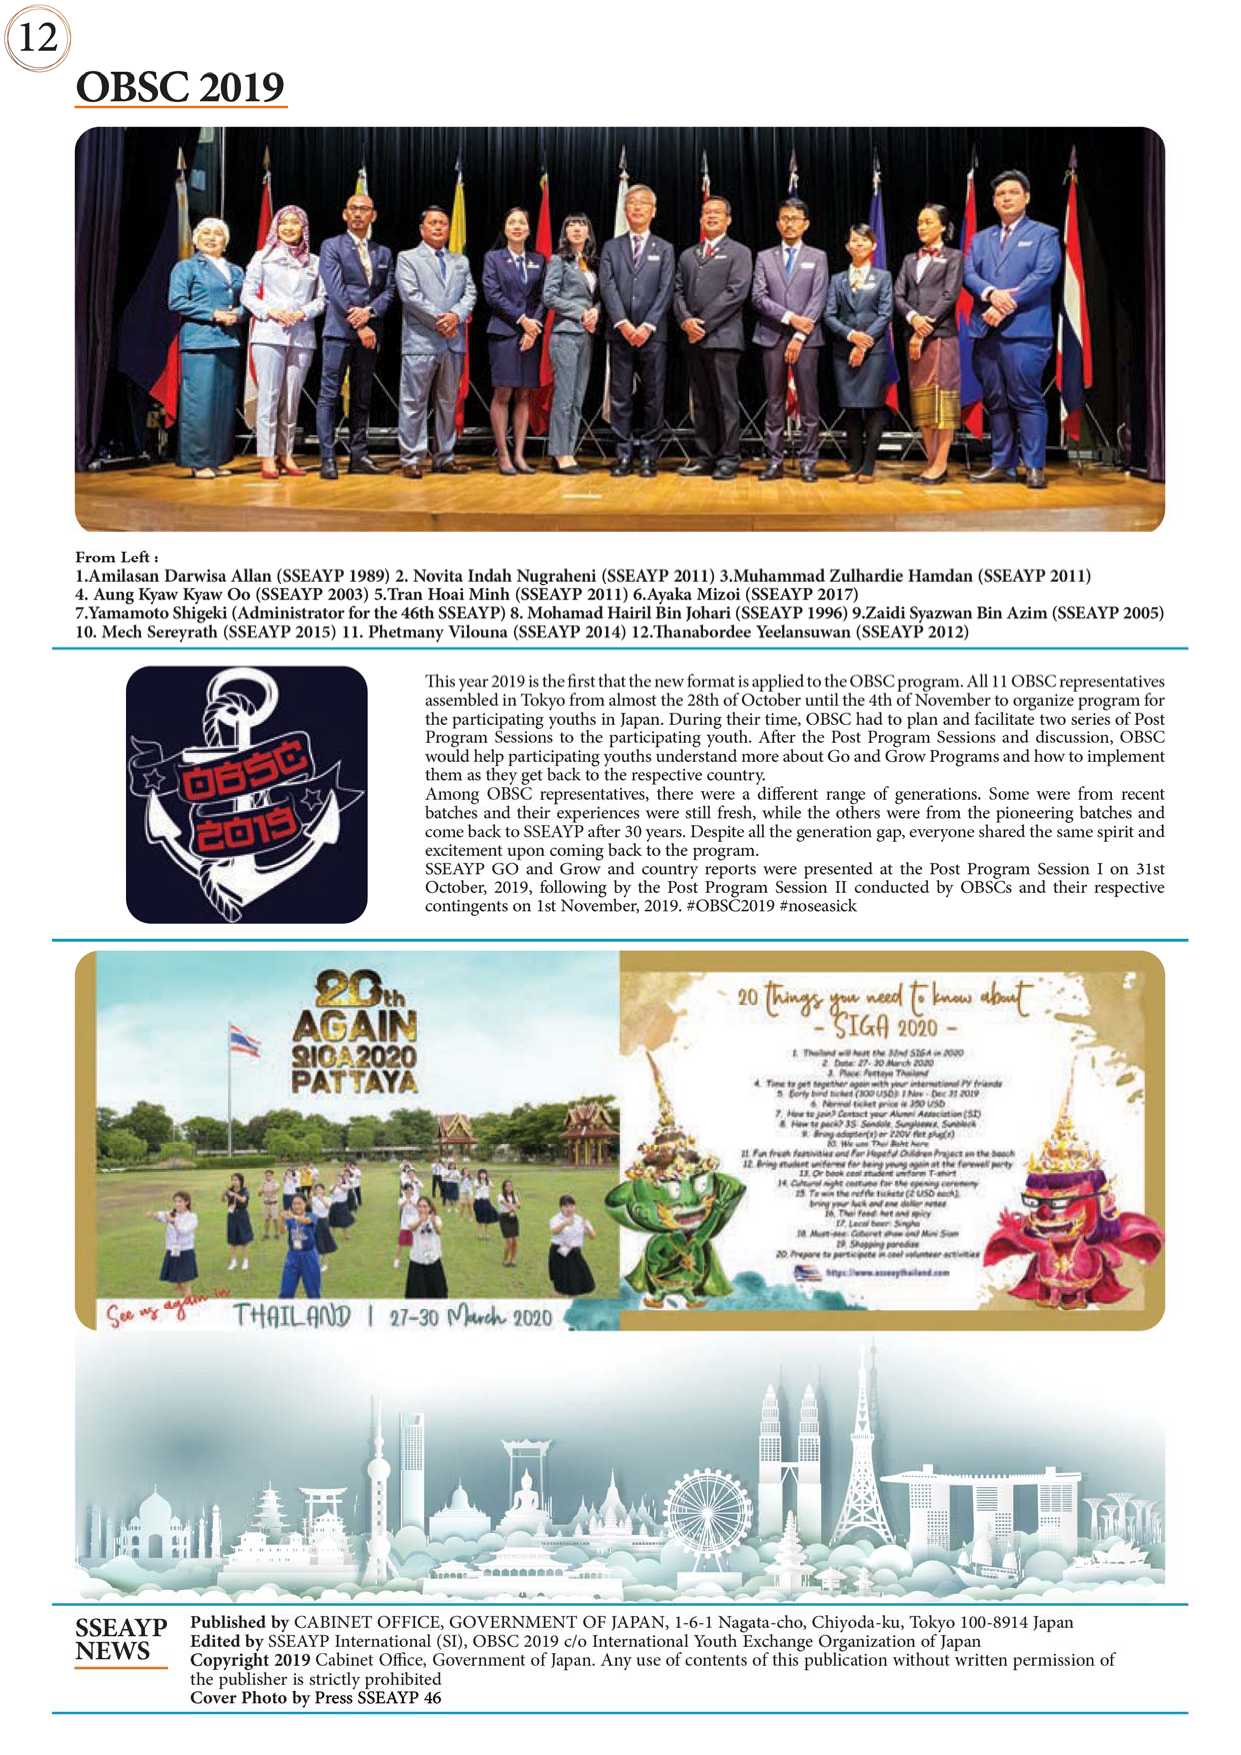
12
OBSC 2019

From Left :
1. Amilasan Darwisa Allan (SSEAYP 1989)
2. Novita Indah Nugrahani (SSEAYP 2011)
3. Muhammad Zulhardie Hamdan (SSEAYP 2011)
4. Aung Kyaw Kyaw Oo (SSEAYP 2003)
5. Tran Hoai Minh (SSEAYP 2011)
6. Ayaka Mizoi (SSEAYP 2017)
7. Yamamoto Shigeki (Administrator for the 46th SSEAYP)
8. Mohamad Hairil Bin Johari (SSEAYP 1996)
9. Zaidi Syazwan Bin Azim (SSEAYP 2005)
10. Mech Sereyrath (SSEAYP 2015)
11. Phetmany Vilouna (SSEAYP 2014)
12. Thanabordee Yeelansuwan (SSEAYP 2012)

This year 2019 is the first that the new format is applied to the OBSC program. All 11 OBSC representatives assembled in Tokyo from almost the 28th of October until the 4th of November to organize program for the participating youths in Japan. During their time, OBSC had to plan and facilitate two series of Post Program Sessions to the participating youth. After the Post Program Sessions and discussion, OBSC would help participating youths understand more about Go and Grow Programs and how to implement them as they get back to the respective country.
Among OBSC representatives, there were a different range of generations. Some were from recent batches and their experiences were still fresh, while the others were from the pioneering batches and come back to SSEAYP after 30 years. Despite all the generation gap, everyone shared the same spirit and excitement upon coming back to the program.
SSEAYP GO and Grow and country reports were presented at the Post Program Session I on 31st October, 2019, following by the Post Program Session II conducted by OBSCs and their respective contingents on 1st November, 2019. #OBSC2019 #noseasick

OBSC
2019

20th
AGAIN
SIGA 2020
PATTAYA

See us again in
THAILAND | 27-30 March 2020

20 things you need to know about
- SIGA 2020 -
1. Thailand will host the 32nd SIGA in 2020
2. Date: 27-30 March 2020
3. Place: Pattaya Thailand
4. Time to get together again with your international PY friends
5. Early bird ticket (300 USD): 1 Nov - Dec 31 2019
6. Normal ticket price is 350 USD
7. How to join? Contact your Alumni Association (SA)
8. How to pay? AS, Semboku, Sunplaza, Semboku
9. Bring adapter (120V flat plug)
10. We use Thai Baht here
11. Fun fresh festivities and For Hopeful Children Project on the beach
12. Bring student uniform for being young again at the farewell party
13. Or book cool student uniform T-shirt
14. Cultural night costume for the opening ceremony
15. To win the raffle tickets (2 USD each)
16. Thai food: hot and spicy
17. Local beer: Singha
18. Must-see: Cabaret show and Mini Siam
19. Shopping paradise
20. Prepare to participate in cool volunteer activities
https://www.sseaypthailand.com

SSEAYP
NEWS
Published by CABINET OFFICE, GOVERNMENT OF JAPAN, 1-6-1 Nagata-cho, Chiyoda-ku, Tokyo 100-8914 Japan
Edited by SSEAYP International (SI), OBSC 2019 c/o International Youth Exchange Organization of Japan
Copyright 2019 Cabinet Office, Government of Japan. Any use of contents of this publication without written permission of the publisher is strictly prohibited
Cover Photo by Press SSEAYP 46